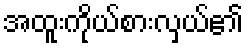
အထူးကိုယ်စားလှယ်၏